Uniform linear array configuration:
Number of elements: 48
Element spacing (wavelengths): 0.25
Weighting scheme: uniform
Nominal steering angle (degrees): -30
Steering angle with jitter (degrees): -29.885
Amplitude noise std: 0.05
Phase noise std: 0.05

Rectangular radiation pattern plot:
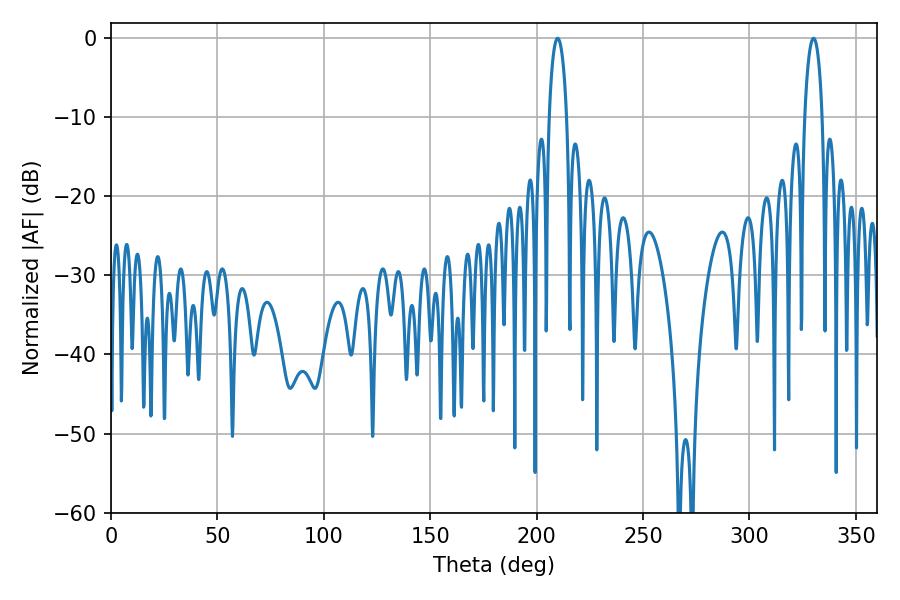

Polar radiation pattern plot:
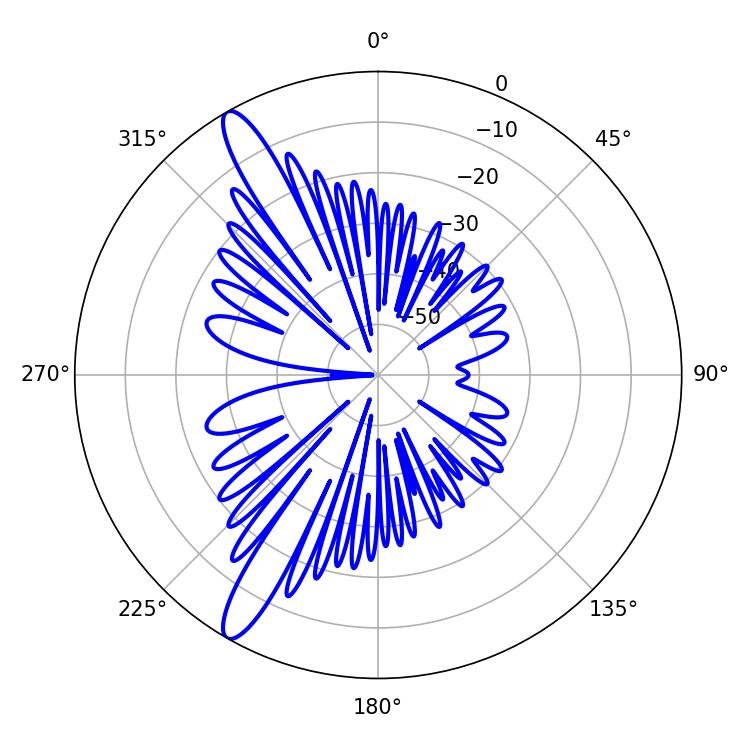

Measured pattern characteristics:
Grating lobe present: FALSE
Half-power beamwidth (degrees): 4.68
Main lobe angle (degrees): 330.12